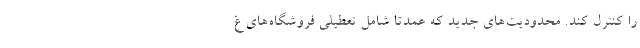
را کنترل کند. محدودیت‌های جدید که عمدتا شامل تعطیلی فروشگاه‌های غ